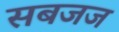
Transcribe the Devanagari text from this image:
सबजज